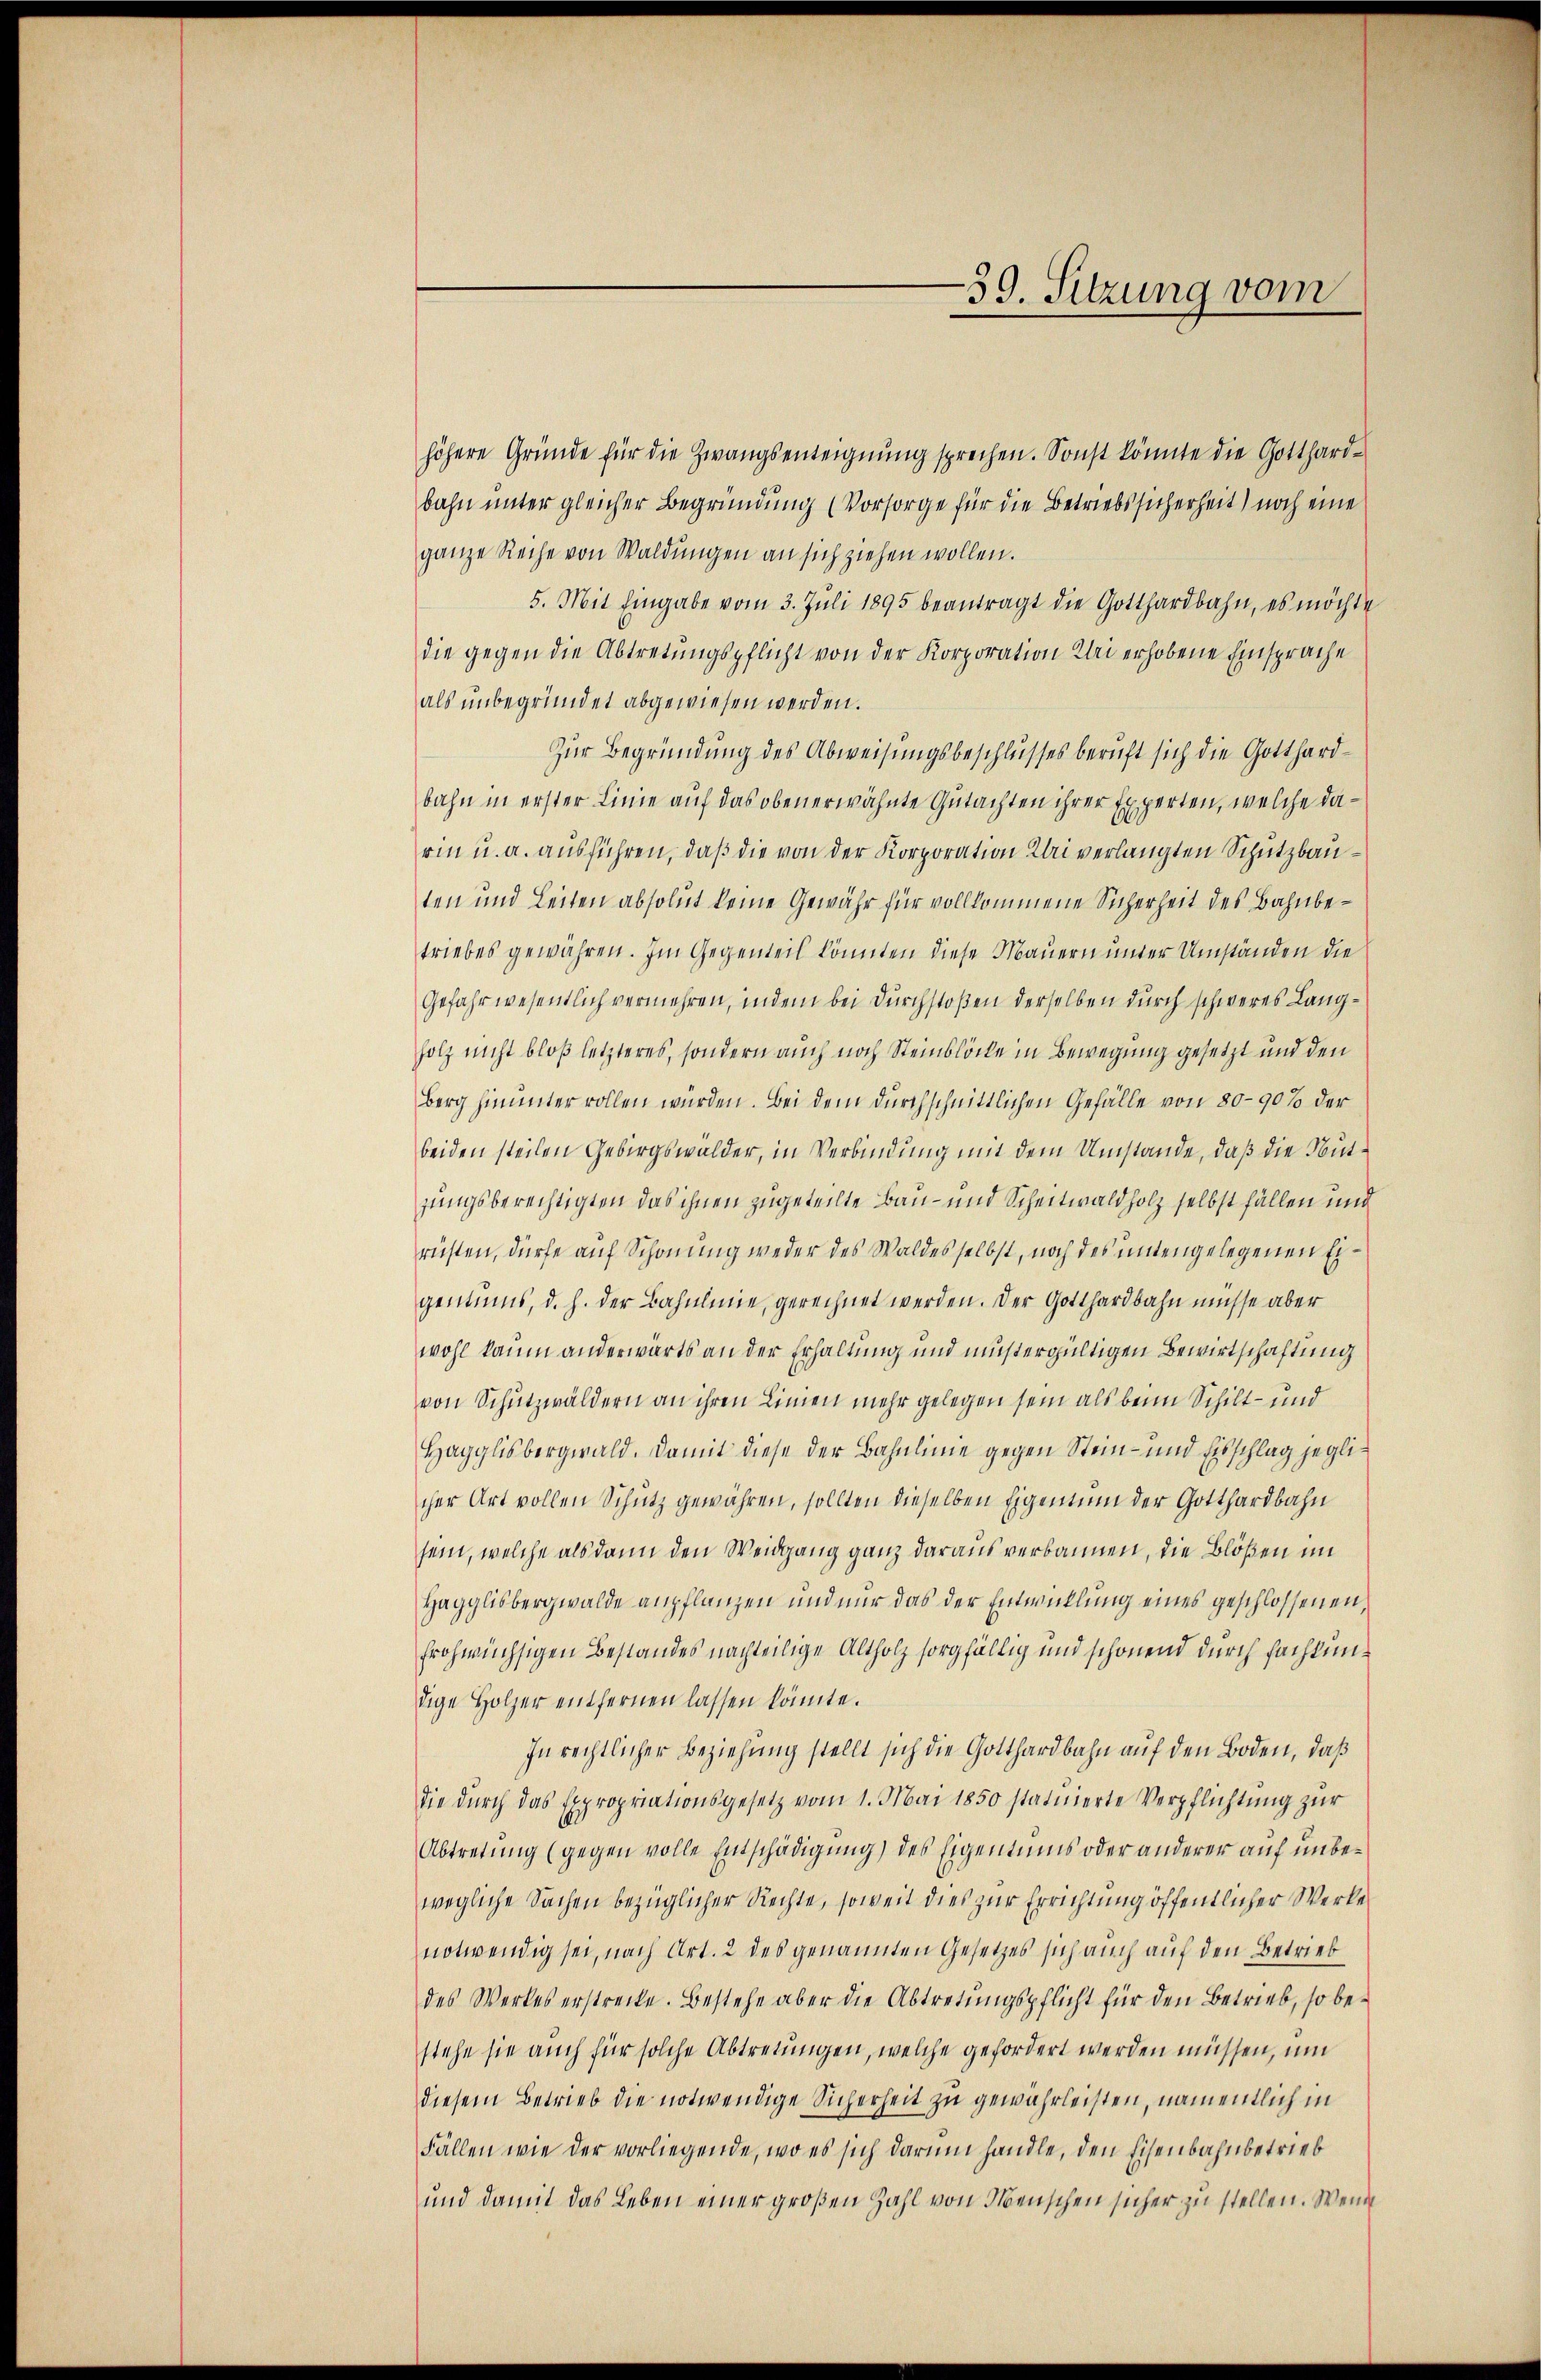
-39. Sitzung vom

höhere Gründe für die Zwangsenteignung sprechen. Sonst könnte die Gotthard-
bahn unter gleicher Begründung (Vorsorge für die Betriebssicherheit) noch eine
ganze Reihe von Waldungen an sich ziehen wollen.
5. Mit Eingabe vom 3. Juli 1895 beantragt die Gotthardbahn, es möchte
die gegen die Abtretungspflicht von der Korporation Klei erhobene Einsprache
als unbegründet abgewiesen werden.
Zur Begründung des Abweisungsbeschlusses beruft sich die Gotthardbahn in erster Linie auf das oben erwähnte Gutachten ihrer Experten, welche darin u. a. ausführen, daß die von der Korporation Klei verlangten Schutzbauten und Leiten absolut keine Gewähr für vollkommene Sicherheit des Bahnbetriebes gewähren. Im Gegenteil könnten diese Mauern unter Umständen die
Gefahr wesentlich vermehren, indem bei Durchstoßen derselben durch schweres Langholz nicht bloß letzteres, sondern auch noch Steinblöcke in Bewegung gesetzt und den
Berg hinunter rollen würden. Bei dem durchschnittlichen Gefälle von 80-90% der
beiden steilen Gebirgswälder, in Verbindung mit dem Umstände, daß die Nutzungsberechtigten das ihnen zugeteilte Bau- und Scheitwaldholz selbst fällen und
rüsten, dürfe auf Schonung weder des Waldes selbst, noch des untengelegenen Eigentums, d. h. der Bahnlinie, gerechnet werden. Der Gotthardbahn müsse aber
wohl kaum anderwärts an der Erhaltung und müstergültigen Bewirtschaftung
von Schutzwäldern an ihren Linien mehr gelegen sein als beim Schilt- und
Hagglisbergwald. Damit diese der Bahnlinie gegen Stein- und Eisschlag jeglicher Art vollen Schutz gewähren, sollten dieselben Eigentum der Gotthardbahn
sein, welche als dann den Weidgang ganz daraus verbannen, die Blößen im
Hagglisbergwalde anpflanzen und nur das der Entwicklung eines geschlossenen
frohwüchsigen Bestandes nachteilige Altholz sorgfältig und schönend durch fachtundige Holzer entfernen lassen könnte.
In rechtlicher Beziehung stellt sich die Gotthardbahn auf den Boden, daß
die dŭrch das Expropriationsgesetz vom 1. Mai 1850 statuierte Verpflichtŭng zŭr
Abtretung (gegen volle Entschädigung) des Eigentums oder anderer auf unbewegliche Sachen bezüglicher Rechte, soweit dies zur Errichtung öffentlicher Werke
notwendig sei, nach Art. 2 des genannten Gesetzes sich auch auf den Betrieb
des Werkes erstrecke. Bestehe aber die Abtretungspflicht für den Betrieb, so bestehe sie auch für solche Abtretungen, welche gefordert werden müssen, um
diesem Betrieb die notwendige Sicherheit zu gewährleisten, namentlich in
Fällen wie der vorliegende, wo es sich darum handle, den Eisenbahnbetrieb
und damit das Leben einer großen Zahl von Menschen sicher zu stellen. Wenn